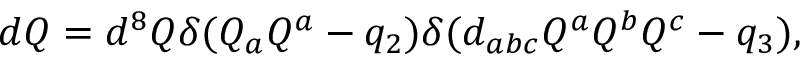
d Q = d ^ { 8 } Q \delta ( { Q _ { a } Q ^ { a } - q _ { 2 } } ) \delta ( { d _ { a b c } Q ^ { a } Q ^ { b } Q ^ { c } - q _ { 3 } } ) ,